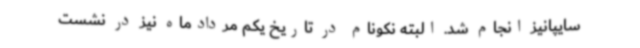
سایپانیز انجام شد. البته نکونام در تاریخ یکم مردادماه نیز در نشست